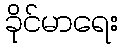
ခိုင်မာရေး